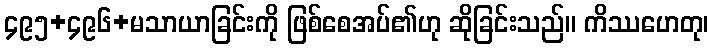
၄၉၅+၄၉၆+မသာယာခြင်းကို ဖြစ်စေအပ်၏ဟု ဆိုခြင်းသည်။ ကိဿဟေတု၊